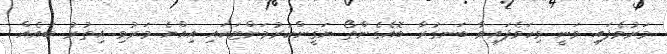
މަރުވެފައި ވަނީ ވިހަވެފައިވާ ބަނގުރާ ބޮއެގެންތޯ ޔަގީންކުރުމަށްޓަކައި އިއްޔެ މަރުވި އިތުރު ބައެއް